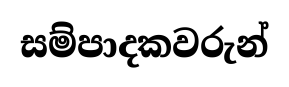
සම්පාදකවරුන්